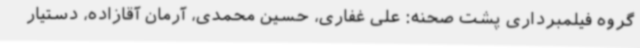
گروه فیلمبرداری پشت صحنه: علی غفاری، حسین محمدی، آرمان آقازاده، دستیار